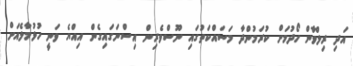
އަދި ރިލްވާން ހޯދުމަށް ކުރަމުންދާ މަަސައްކަތުގައި ނޫސްވެރިން އިސްނަގައިގެން އިއްޔެ ވަނީ ހުޅުމާލެއަށް